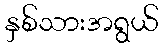
နှစ်သားအရွယ်